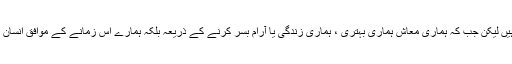
وہ فصاحت و بلاغت میں سمیٹک زبانوں میں لاثانی ہے … اس زبان میں ہمارے مذہب کی ہدایتیں ہیں لیکن جب کہ ہماری معاش ہماری بہتری ، ہماری زندگی یا آرام بسر کرنے کے ذریعہ بلکہ ہمارے اس زمانے کے موافق انسان بنانے کے وسائل انگریزی زبان دیکھنے میں ہیں تو ہم کو اس کی طرف بہت توجہ کرنی چاہئے‘‘ ۔